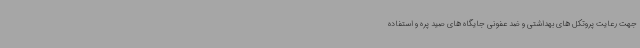
جهت رعایت پروتکل های بهداشتی و ضد عفونی جایگاه های صید پره و استفاده